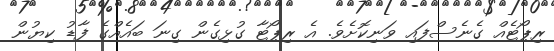
ރިޕޯޓެއް ގެނެސްފައި ވަނިކޮށެވެ. އެ ރިޕޯޓާ ގުޅިގެން ގިނަ ބައެއްގެ ފާޑު ކިޔުން